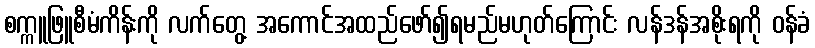
စက္ကူဖြူစီမံကိန်းကို လက်တွေ့ အကောင်အထည်ဖော်၍ရမည်မဟုတ်ကြောင်း လန်ဒန်အစိုးရကို ဝန်ခံ